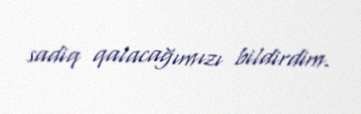
sadiq qalacağımızı bildirdim.